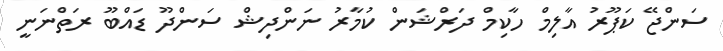
ސަންޖޭ ކަޕޫރު އާލިމް ހާކިމް ދަރްޝަން ކުމާރު ނަންދިޝް ސަންދޫ ޑައްބޫ ރަތްނަނީ